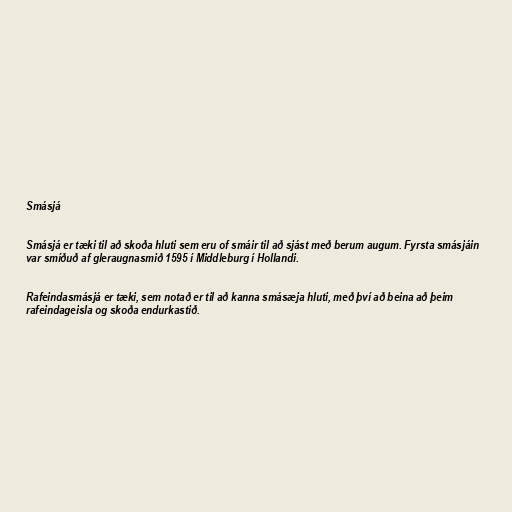
Smásjá

Smásjá er tæki til að skoða hluti sem eru of smáir til að sjást með berum augum. Fyrsta smásjáin
var smíðuð af gleraugnasmið 1595 í Middleburg í Hollandi.

Rafeindasmásjá er tæki, sem notað er til að kanna smásæja hluti, með því að beina að þeim
rafeindageisla og skoða endurkastið.